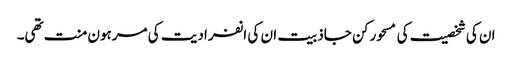
ان کی شخصیت کی مسحور کن جاذبیت ان کی انفرادیت کی مرہون منت تھی۔